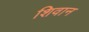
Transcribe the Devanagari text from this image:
शिवान